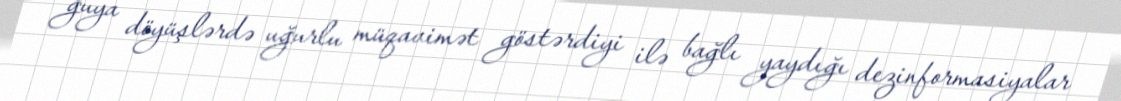
guya döyüşlərdə uğurlu müqavimət göstərdiyi ilə bağlı yaydığı dezinformasiyalar